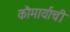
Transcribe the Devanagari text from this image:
कौमार्याची